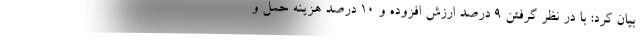
بیان کرد: با در نظر گرفتن ۹ درصد ارزش افزوده و ۱۰ درصد هزینه حمل و